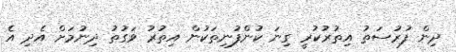
ދިން ފުރުސަތު އިތުރުކުރީ ގިނަ ކުންފުނިތަކުން އިތުރު ވަގުތު ދިނުމަށް އެދި އެ